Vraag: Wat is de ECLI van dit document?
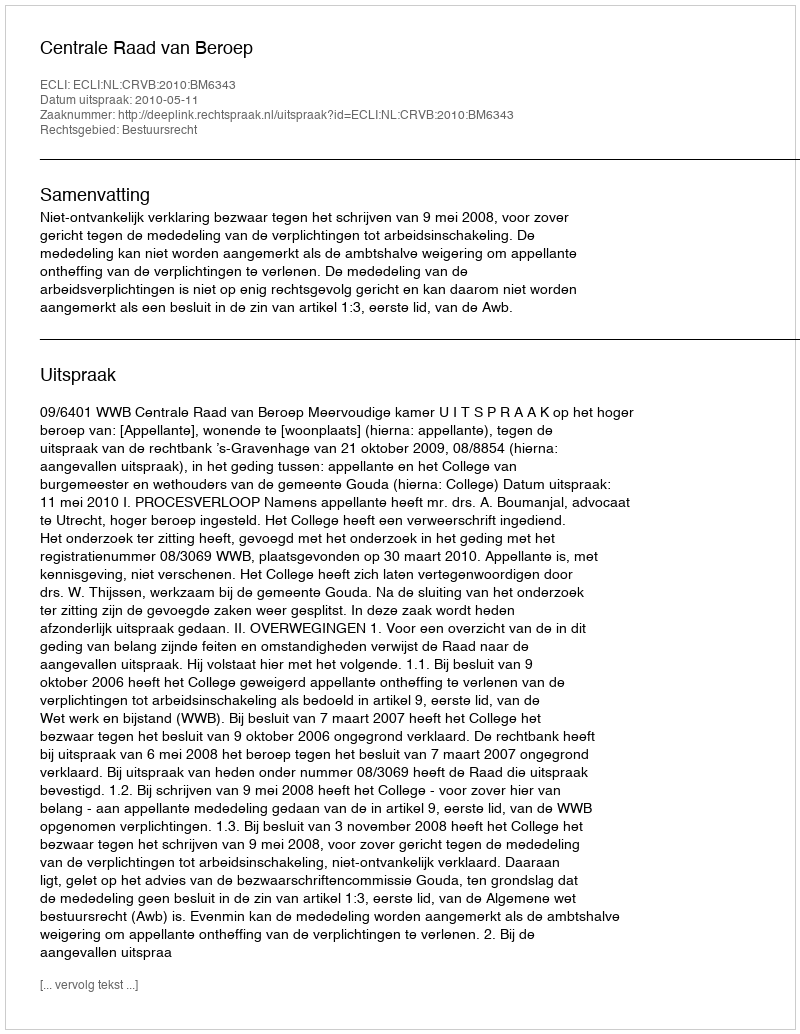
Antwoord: ECLI:NL:CRVB:2010:BM6343